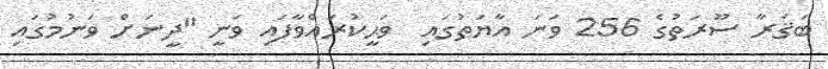
ބަޤަރާ ސޫރަތުގެ 256 ވަނަ އާޔަތުގައި  ވަޙީކުރައްވާފައި ވަނީ "ދީނަށް ވަނުމުގައި